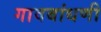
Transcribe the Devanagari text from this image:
गावबांधणी